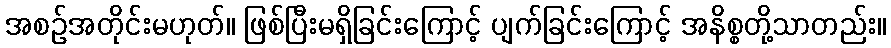
အစဉ်အတိုင်းမဟုတ်။ ဖြစ်ပြီးမရှိခြင်းကြောင့် ပျက်ခြင်းကြောင့် အနိစ္စတို့သာတည်း။